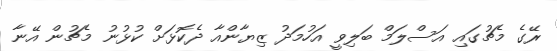
ރޭގެ މެޗުގައި އަސްލަމް ބަލިވީ އަހުމަދު ޒިޔާންއާ ދެކޮޅަށް ކުޅުނު މެޗުން އޭނާ